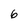
Character: 6